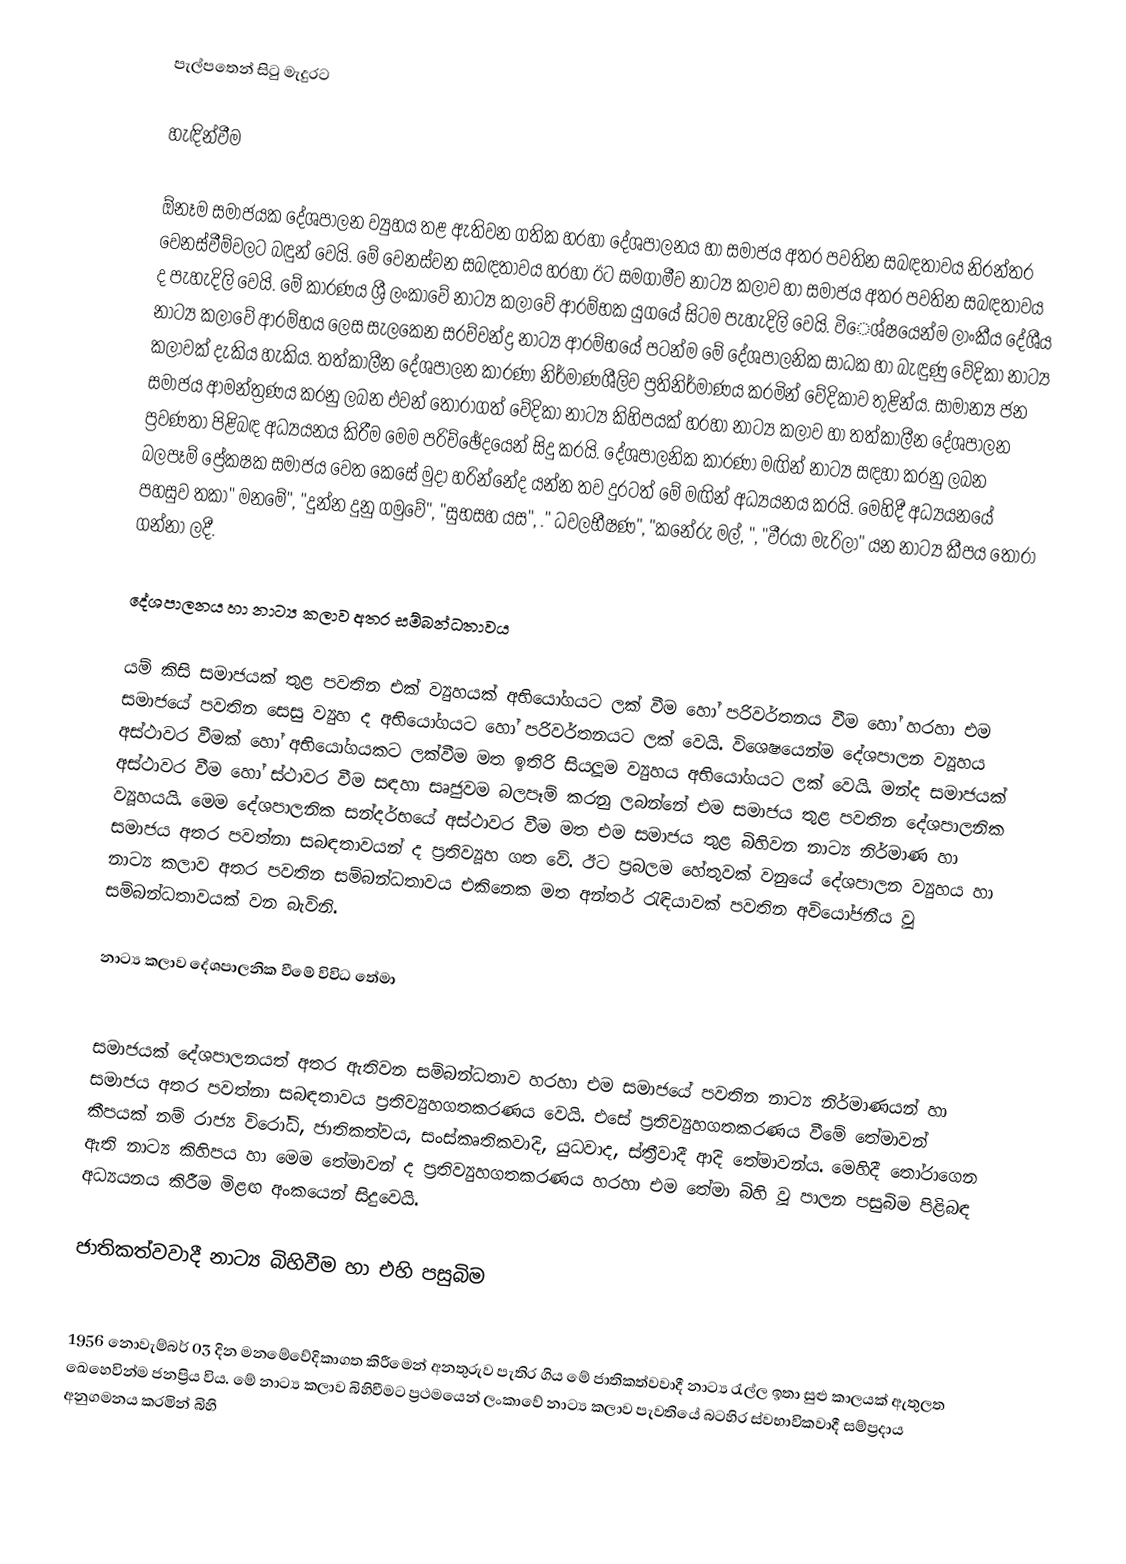
පැල්පතෙන් සිටු මැදුරට

හැඳින්වීම

ඕනෑම සමාජයක දේශපාලන ව්‍යුහය තළ ඇතිවන ගතික හරහා දේශපාලනය හා සමාජය අතර පවතින සබඳතාවය නිරන්තර වෙනස්වීම්වලට බඳුන් වෙයි. මේ වෙනස්වන සබඳතාවය හරහා ඊට සමගාමීව නාට්‍ය කලාව හා සමාජය අතර පවතින සබඳතාවය ද පැහැදිලි වෙයි. මේ කාරණය ශ්‍රී ලංකාවේ නාට්‍ය කලාවේ ආරම්භක යුගයේ සිටම පැහැදිලි වෙයි. වි‍‍‍‍ෙශ්ෂයෙන්ම ලාංකීය දේශීය නාට්‍ය කලාවේ ආරම්භය ලෙස සැලකෙන සරච්චන්ද්‍ර නාට්‍ය ආරම්භයේ පටන්ම මේ දේශපාලනික සාධක හා බැඳුණු වේදිකා නාට්‍ය කලාවක් දැකිය හැකිය.   තත්කාලීන දේශපාලන කාරණා නිර්මාණශීලිව ප්‍රතිනිර්මාණය කරමින් වේදිකාව තුළින්ය. සාමාන්‍ය ජන සමාජය ආමන්ත්‍රණය කරනු ලබන එවන් තෝරාගත් වේදිකා නාට්‍ය කිහිපයක් හරහා නාට්‍ය කලාව හා තත්කාලීන දේශපාලන ප්‍රවණතා පිළිබඳ අධ්‍යයනය කිරීම මෙම පරිච්ඡේදයෙන් සිදු කරයි. දේශපාලනික කාරණා මඟින් නාට්‍ය සඳහා කරනු ලබන බලපෑම් ප්‍රේක‍ෂක සමාජය වෙත කෙසේ මුදා හරින්නේද යන්න තව දුරටත් මේ මඟින් අධ්‍යයනය කරයි. මෙහිදී අධ්‍යයනයේ පහසුව තකා" මනමේ", "දුන්න දුනු ගමුවේ", "සුභසහ යස", ." ධවලභීෂණ", "කනේරු මල්, ", "වීරයා මැරිලා" යන නාට්‍ය කීපය තෝරා ගන්නා ලදී.

දේශපාලනය හා නාට්‍ය කලාව  අතර සම්බන්ධතාවය

යම් කිසි සමාජයක් තුළ පවතින එක් ව්‍යුහයක් අභියෝගයට ලක් වීම හෝ පරිවර්තනය වීම හෝ හරහා එම සමාජයේ පවතින සෙසු ව්‍යුහ ද අභියෝගයට හෝ පරිවර්තනයට ලක් වෙයි. විශෙෂයෙන්ම දේශපාලන ව්‍යූහය අස්ථාවර වීමක් හෝ අභියෝගයකට ලක්වීම මත ඉතිරි සියලූම ව්‍යුහය අභියෝගයට ලක් වෙයි. මන්ද සමාජයක් අස්ථාවර වීම හෝ ස්ථාවර වීම සඳහා සෘජුවම බලපෑම් කරනු ලබන්නේ එම සමාජය තුළ පවතින දේශපාලනික ව්‍යූහයයි. මෙම දේශපාලනික සන්දර්භයේ අස්ථාවර වීම මත එම සමාජය තුළ බිහිවන නාට්‍ය නිර්මාණ හා සමාජය අතර පවත්නා සබඳතාවයන් ද ප්‍රතිව්‍යූහ ගත වේ. ඊට ප්‍රබලම හේතුවක් වනුයේ දේශපාලන ව්‍යුහය හා නාට්‍ය කලාව අතර පවතින සම්බන්ධතාවය එකිනෙක මත අන්තර් රැඳියාවක් පවතින අවියෝජනීය වූ සම්බන්ධතාවයක් වන බැවිනි.

නාට්‍ය කලාව දේශපාලනික වීමේ විවිධ තේමා

සමාජයක් දේශපාලනයත් අතර ඇතිවන සම්බන්ධතාව හරහා එම සමාජයේ පවතින නාට්‍ය නිර්මාණයන් හා සමාජය අතර පවත්නා සබඳතාවය ප්‍රතිව්‍යුහගතකරණය වෙයි. එසේ ප්‍රතිව්‍යුහගතකරණය වීමේ තේමාවන් කීපයක් නම් රාජ්‍ය විරෝධි, ජාතිකත්වය, සංස්කෘතිකවාදි, යුධවාද, ස්ත්‍රීවාදී ආදි තේමාවන්ය. මෙහිදී තෝරාගෙන ඇති නාට්‍ය කිහිපය හා මෙම තේමාවන් ද ප්‍රතිව්‍යුහගතකරණය හරහා එම තේමා බිහි වූ පාලන පසුබිම පිළිබඳ අධ්‍යයනය කිරීම මිළඟ අංකයෙන් සිදුවෙයි.

ජාතිකත්වවාදී නාට්‍ය බිහිවීම හා එහි පසුබිම

1956 නොවැම්බර් 03 දින මනමේවේදිකාගත කිරීමෙන් අනතුරුව පැතිර ගිය මේ ජාතිකත්වවාදී නාට්‍ය රැල්ල ඉතා සුළු කාලයක් ඇතුලත ඛෙහෙවින්ම ජනප්‍රිය විය. මේ නාට්‍ය කලාව බිහිවීමට ප්‍රථමයෙන් ලංකාවේ නාට්‍ය කලාව පැවතියේ බටහිර ස්වභාවිකවාදී සම්ප්‍රදාය අනුගමනය කරමින් බිහි